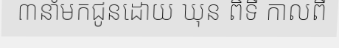
៣នាំមកជូនដោយ ឃុន ពិទី កាលពី